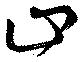
山